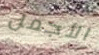
الأجمل